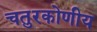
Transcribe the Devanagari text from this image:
चतुरकोणीय